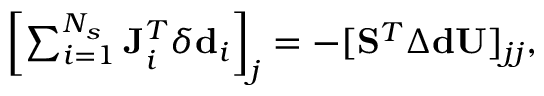
\begin{array} { r } { \left[ \sum _ { i = 1 } ^ { N _ { s } } \mathbf { J } _ { i } ^ { T } \delta \mathbf { d } _ { i } \right] _ { j } = - [ \mathbf { S } ^ { T } \Delta \mathbf { d } \mathbf { U } ] _ { j j } , } \end{array}